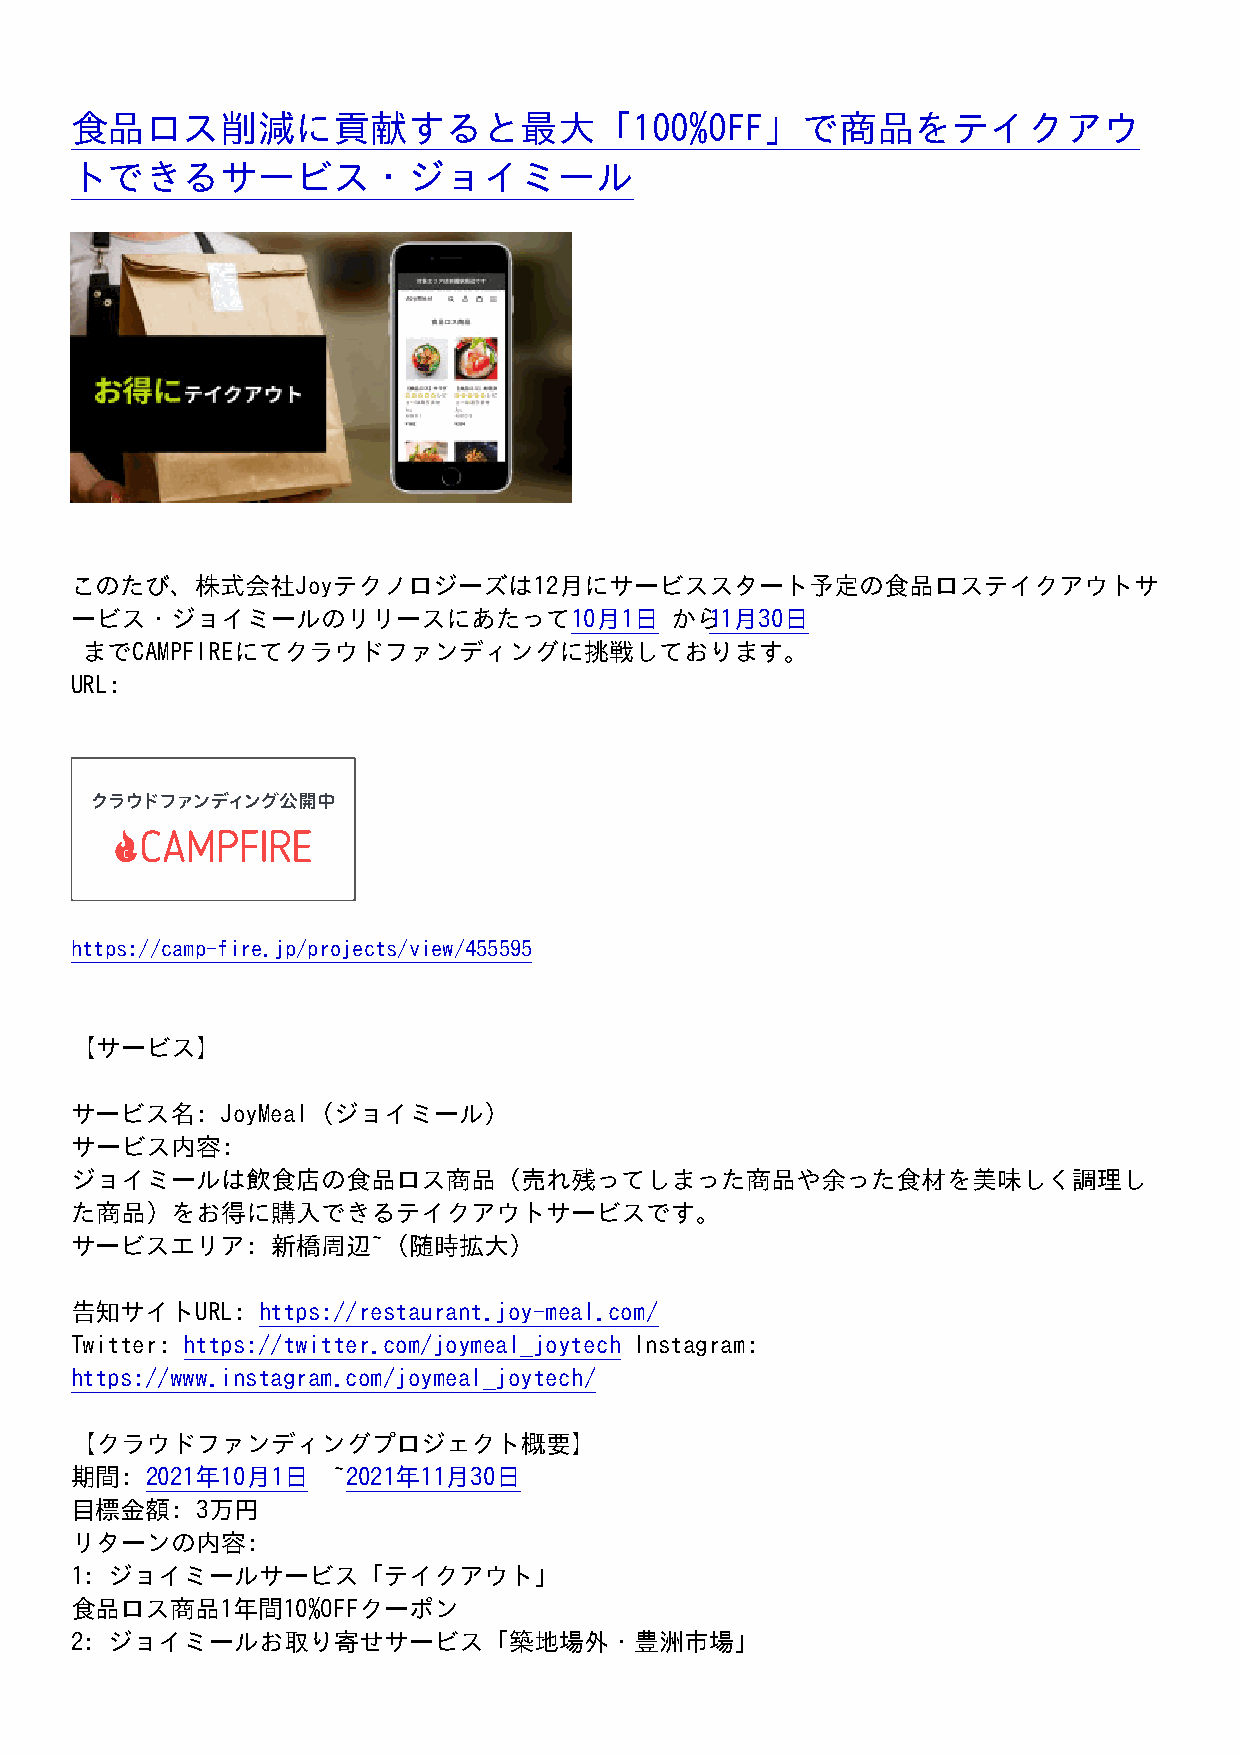
食品ロス削減に貢献すると最大「100%OFF」で商品をテイクアウ
 トできるサービス・ジョイミール
 このたび、株式会社Joyテクノロジーズは12月にサービススタート予定の食品ロステイクアウトサ
 ービス・ジョイミールのリリースにあたって10月1日              から11月30日
 までCAMPFIREにてクラウドファンディングに挑戦しております。
 URL:
 https://camp-fire.jp/projects/view/455595
 【サービス】
 サービス名:    JoyMeal（ジョイミール）
 サービス内容:
 ジョイミールは飲食店の食品ロス商品（売れ残ってしまった商品や余った食材を美味しく調理し
 た商品）をお得に購入できるテイクアウトサービスです。
 サービスエリア:     新橋周辺~（随時拡大）
 告知サイトURL:   https://restaurant.joy-meal.com/
 Twitter: https://twitter.com/joymeal_joytech Instagram:
 https://www.instagram.com/joymeal_joytech/
 【クラウドファンディングプロジェクト概要】
 期間:  2021年10月1日  ~ 2021年11月30日
 目標金額:   3万円
 リターンの内容:
 1: ジョイミールサービス「テイクアウト」
 食品ロス商品1年間10%OFFクーポン
 2: ジョイミールお取り寄せサービス「築地場外・豊洲市場」